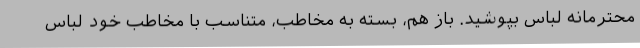
محترمانه لباس بپوشید. باز هم، بسته به مخاطب، متناسب با مخاطب خود لباس